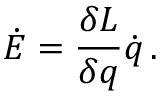
\dot { E } = { \frac { \delta L } { \delta q } } \dot { q } \, .